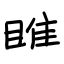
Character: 睢